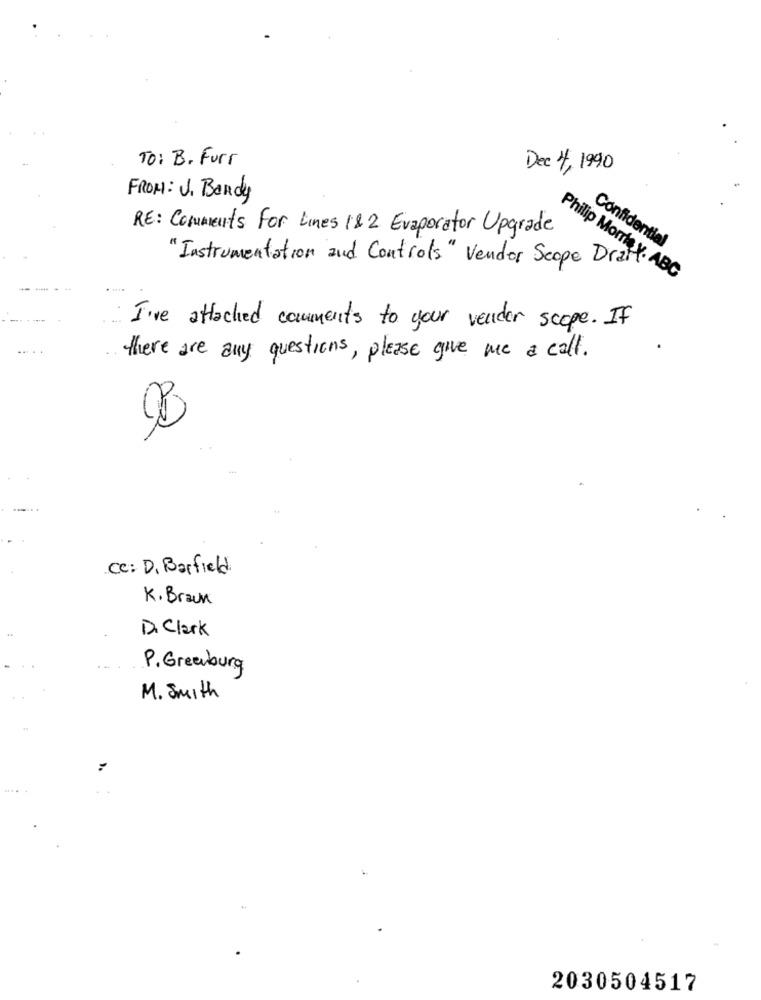
TO: B. Furr
Dec 4, 1990
FROM: J. Bandy
RE: Comments For Lines 182 Evaporator Upgrade
Confidential
"Instrumentation and Controls" Vendor Scope Draft
Philip Morris y. ABC
I've attached comments to your vender scope. If
there are any questions, please give me a call.
Cc: D. Barfield
K. Braun
D. Clark
P. Greenburg
M. Smith
2030504517